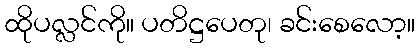
ထိုပလ္လင်ကို။ ပတိဋ္ဌပေတု၊ ခင်းစေလော့။